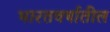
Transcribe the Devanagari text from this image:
भारतवर्षातील